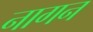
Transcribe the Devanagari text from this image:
नागन